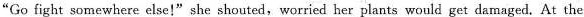
"Go fight somewhere else!"she shouted,worried her plants would get damaged. At the